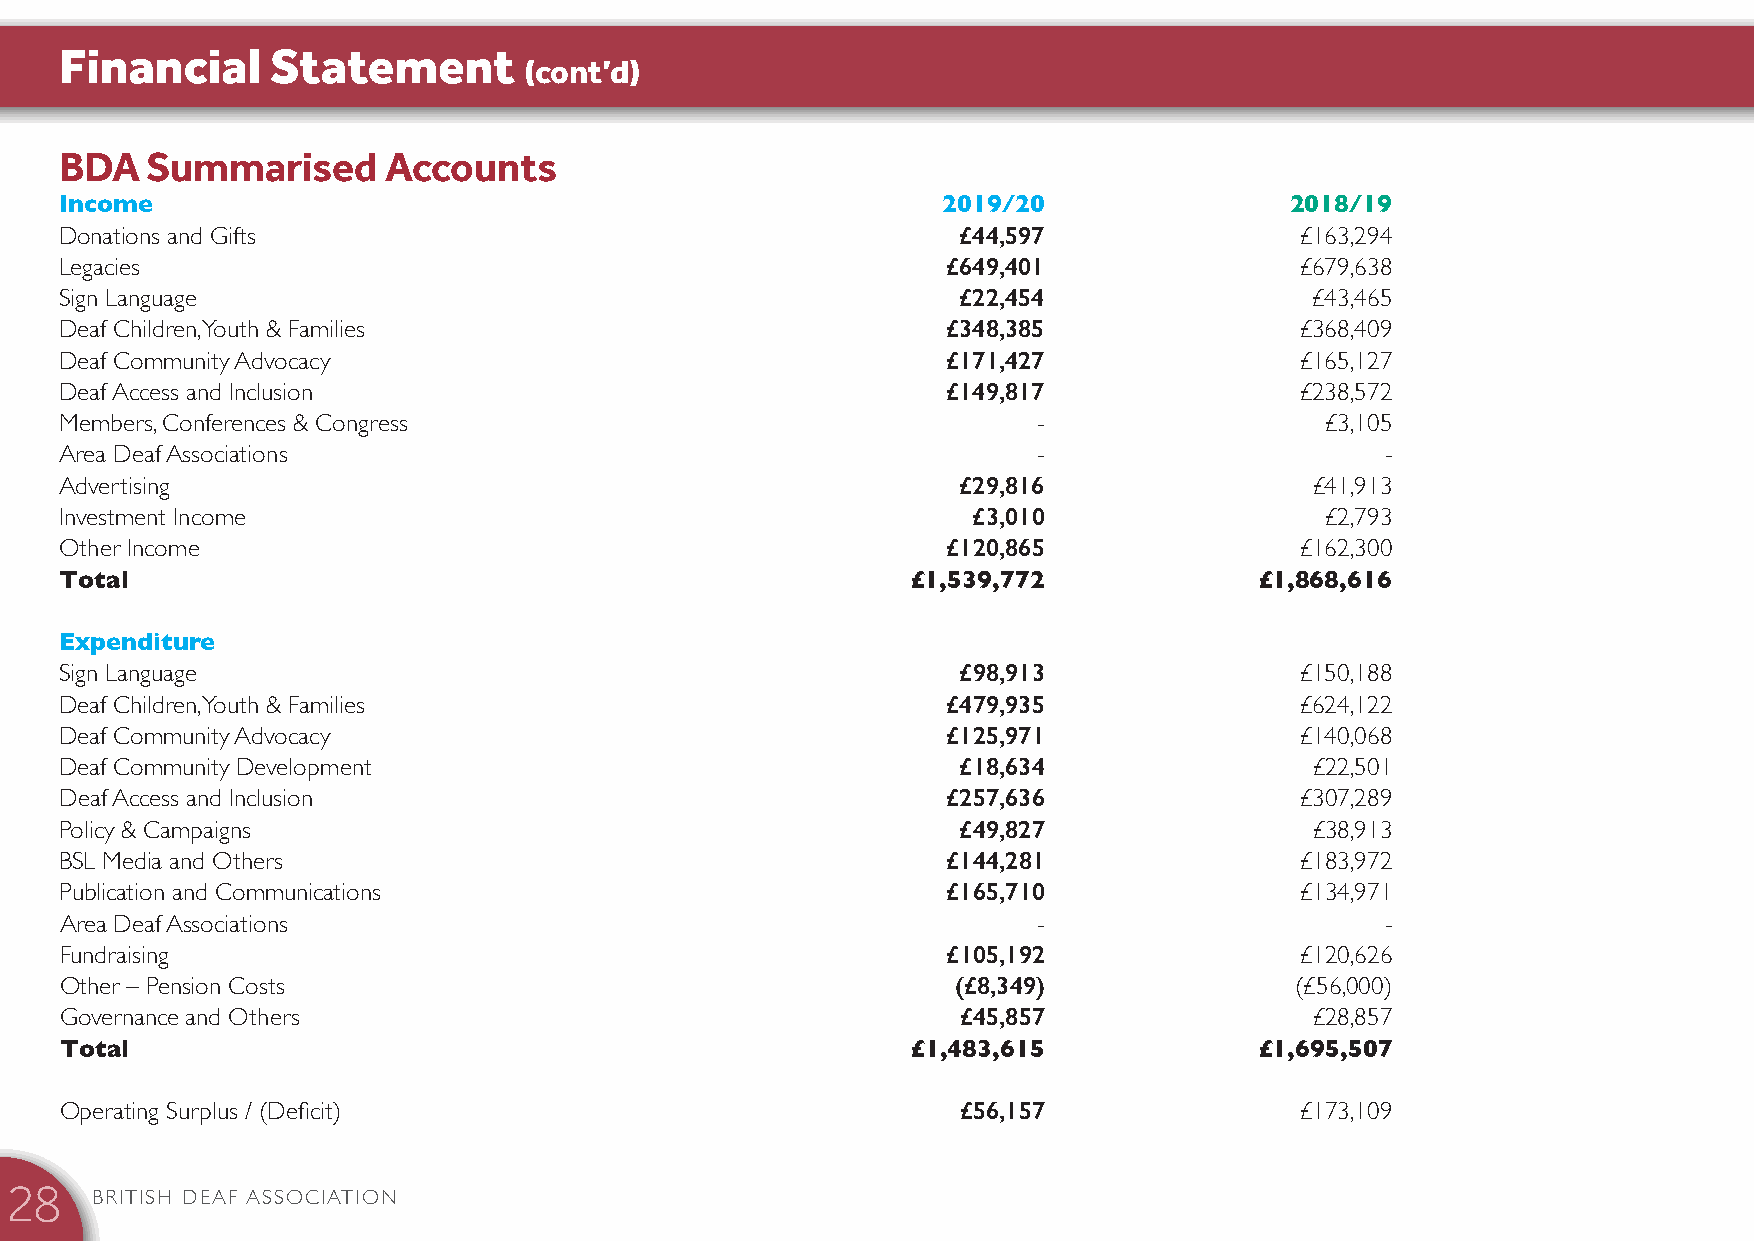
Financial     Statement        (cont’d)
 BDA   Summarised     Accounts
 Income                                                    2019/20                2018/19
 Donations and Gifts                                        £44,597                £163,294
 Legacies                                                   £649,401               £679,638
 Sign Language                                              £22,454                 £43,465
 Deaf Children, Youth & Families                            £348,385               £368,409
 Deaf Community Advocacy                                    £171,427               £165,127
 Deaf Access and Inclusion                                  £149,817               £238,572
 Members, Conferences & Congress                                  -                  £3,105
 Area Deaf Associations                                           -                      -
 Advertising                                                 £29,816                £41,913
 Investment Income                                           £3,010                  £2,793
 Other Income                                               £120,865               £162,300
 Total                                                   £1,539,772             £1,868,616
 Expenditure
 Sign Language                                               £98,913               £150,188
 Deaf Children, Youth & Families                            £479,935               £624,122
 Deaf Community Advocacy                                    £125,971               £140,068
 Deaf Community Development                                  £18,634                £22,501
 Deaf Access and Inclusion                                  £257,636               £307,289
 Policy & Campaigns                                          £49,827                £38,913
 BSL Media and Others                                       £144,281               £183,972
 Publication and Communications                             £165,710               £134,971
 Area Deaf Associations                                           -                      -
 Fundraising                                                £105,192               £120,626
 Other – Pension Costs                                      (£8,349)               (£56,000)
 Governance and Others                                       £45,857                £28,857
 Total                                                   £1,483,615             £1,695,507
 Operating Surplus / (Deficit)                               £56,157               £173,109
 BRITISH DEAF ASSOCIATION
 28